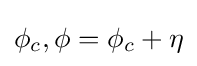
\phi _{c},\phi =\phi _{c}+\eta